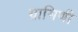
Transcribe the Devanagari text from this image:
ग्रामिणी